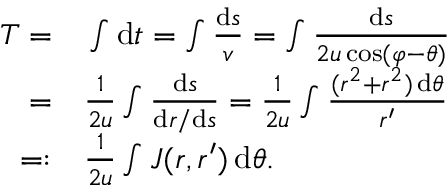
\begin{array} { r l } { T = } & { { } \int \mathrm { d } t = \int \frac { \mathrm { d } s } { v } = \int \frac { \mathrm { d } s } { 2 u \cos ( \varphi - \theta ) } } \\ { = } & { { } \frac { 1 } { 2 u } \int \frac { \mathrm { d } s } { \mathrm { d } r / \mathrm { d } s } = \frac { 1 } { 2 u } \int \frac { ( r ^ { 2 } + r ^ { 2 } ) \, \mathrm { d } \theta } { r ^ { \prime } } } \\ { = : } & { { } \frac { 1 } { 2 u } \int J ( r , r ^ { \prime } ) \, \mathrm { d } \theta . } \end{array}